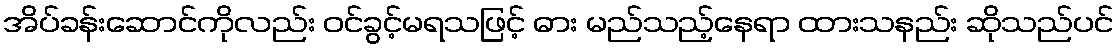
အိပ်ခန်းဆောင်ကိုလည်း ဝင်ခွင့်မရသဖြင့် ဓား မည်သည့်နေရာ ထားသနည်း ဆိုသည်ပင်